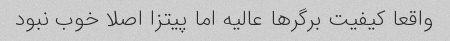
واقعا کیفیت برگرها عالیه اما پیتزا اصلا خوب نبود